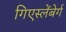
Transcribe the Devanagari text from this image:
गिएस्लेंबेर्ग